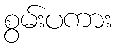
စွမ်းပကား